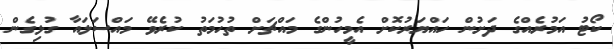
ކޯޓު އަމުރެއްގެ ދަށުން ހައްޔަރުކޮށް އެމީހުންގެ މައްޗަށް ތުހުމަތު ކުރެވޭ މައްސަލައާ ގުޅިގެން